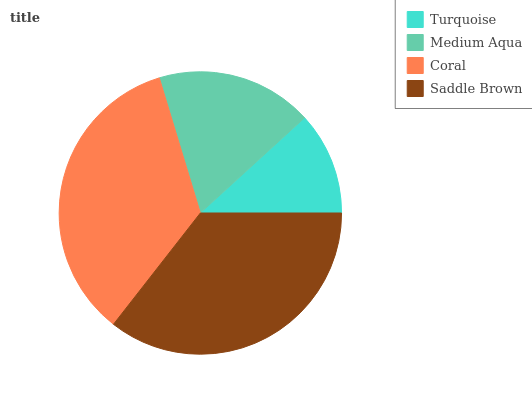
| Turquoise | Medium Aqua | Coral | Saddle Brown |
 | --- | --- | --- | --- |
 | 11.8% | 18% | 34.7% | 35.5% |